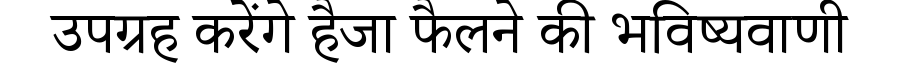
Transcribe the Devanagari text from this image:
उपग्रह करेंगे हैजा फैलने की भविष्यवाणी